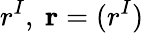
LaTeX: r^{I},\ \mathbf{r}=(r^{I})